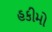
હકીમો